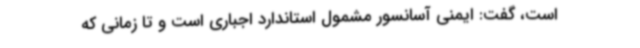
است، گفت: ایمنی آسانسور مشمول استاندارد اجباری است و تا زمانی که